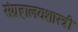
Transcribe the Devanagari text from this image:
संग्रहालयशास्त्री